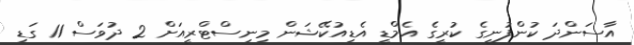
އާސަންދަ ކުންފުނީގެ ކުރީގެ އެމްޑީ އެޑިއުކޭޝަން މިނިސްޓްރީއަށް 2 ދުވަސް 11 ގަޑި